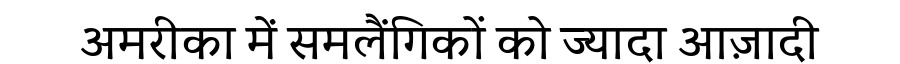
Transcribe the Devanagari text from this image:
अमरीका में समलैंगिकों को ज्यादा आज़ादी